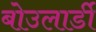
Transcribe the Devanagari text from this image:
बोउलार्डी